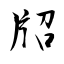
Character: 牊